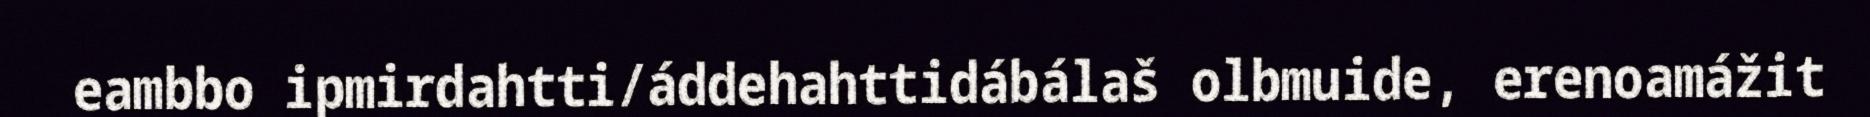
eambbo ipmirdahtti/áddehahttidábálaš olbmuide, erenoamážit